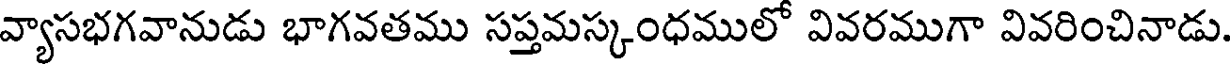
వ్యాసభగవానుడు భాగవతము సప్తమస్కంధములో వివరముగా వివరించినాడు